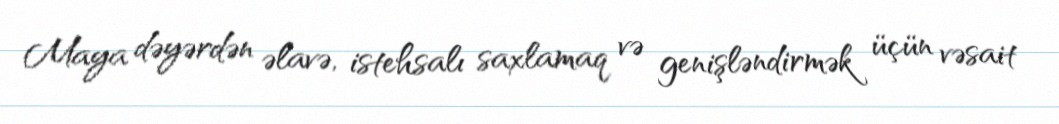
Maya dəyərdən əlavə, istehsalı saxlamaq və genişləndirmək üçün vəsait